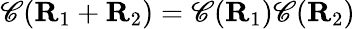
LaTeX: \mathscr{C}(\mathbf{{R}}_{1}+\mathbf{{R}}_{2})=\mathscr{C}(\mathbf{{R}}_{1})\mathscr{C}(\mathbf{{R}}_{2})